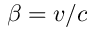
\beta = v / c